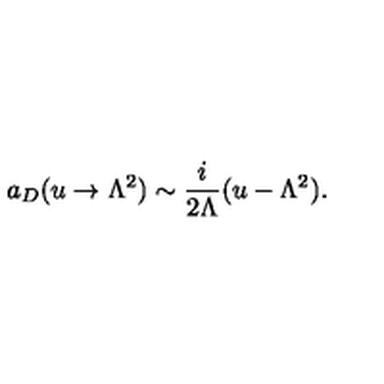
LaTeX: a _ { D } ( u \to \Lambda ^ { 2 } ) \sim \frac { i } { 2 \Lambda } ( u - \Lambda ^ { 2 } ) .